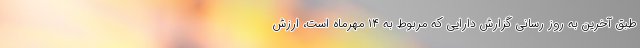
طبق آخرین به روز رسانی گزارش دارایی که مربوط به ۱۴ مهرماه است، ارزش